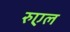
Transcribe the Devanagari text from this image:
रुएल